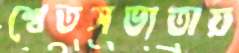
শ্বেতসভ্যতায়